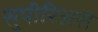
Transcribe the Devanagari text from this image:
सुपीरिअस